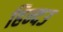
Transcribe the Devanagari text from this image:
हिन्दउ